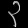
Digit: ၃